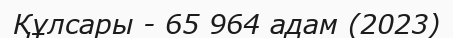
Құлсары - 65 964 адам (2023)